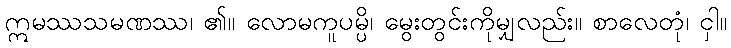
ဣမဿသမဏဿ၊ ၏။ လောမကူပမ္ပိ၊ မွေးတွင်းကိုမျှလည်း။ စာလေတုံ၊ ငှါ။